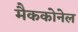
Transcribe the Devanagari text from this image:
मैककोनेल